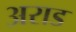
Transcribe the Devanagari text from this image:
अराड